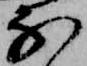
な